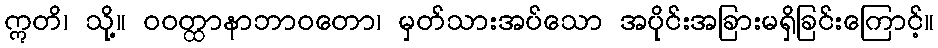
ဣတိ၊ သို့။ ဝဝတ္ထာနာဘာဝတော၊ မှတ်သားအပ်သော အပိုင်းအခြားမရှိခြင်းကြောင့်။